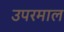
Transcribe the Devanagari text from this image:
उपरमाल